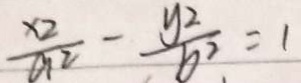
\frac { x 2 } { a ^ { 2 } } - \frac { y ^ { 2 } } { b ^ { 2 } } = 1